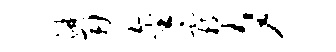
淋用金霸夕